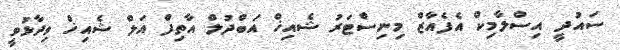
ސައުދީ އިސްލާމިކް އެފެއާޒް މިނިސްޓަރު ޝެއިޚް އަބްދުލް އާތިފް އަލް ޝެއިޚް ވިދާޅުވީ